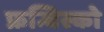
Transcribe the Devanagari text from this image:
फ्रन्चिस्को